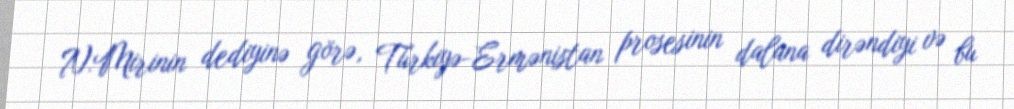
N.Mirinin dediyinə görə, Türkiyə-Ermənistan prosesinin dalana dirəndiyi və bu